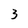
Character: 3